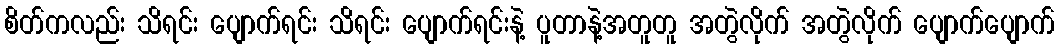
စိတ်ကလည်း သိရင်း ပျောက်ရင်း သိရင်း ပျောက်ရင်းနဲ့ ပူတာနဲ့အတူတူ အတွဲလိုက် အတွဲလိုက် ပျောက်ပျောက်